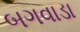
બગવાડા